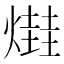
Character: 𤏎